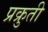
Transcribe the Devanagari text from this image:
प्रक्रुती